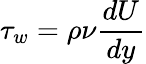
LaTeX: \tau_{w}=\rho\nu\frac{dU}{dy}